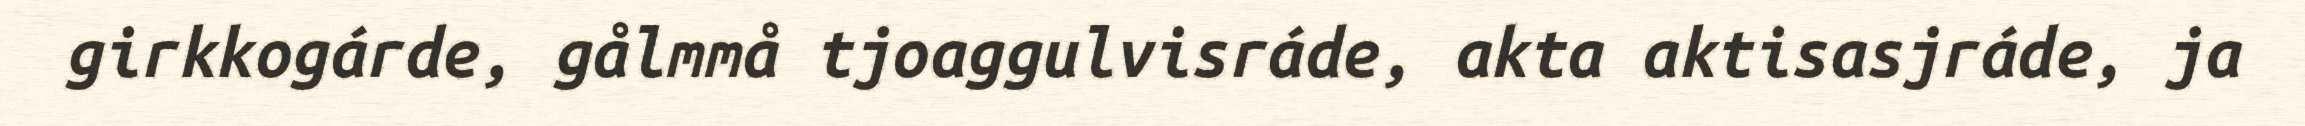
girkkogárde, gålmmå tjoaggulvisráde, akta aktisasjráde, ja